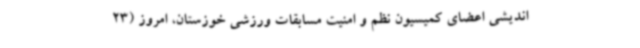
اندیشی اعضای کمیسیون نظم و امنیت مسابقات ورزشی خوزستان، امروز (23